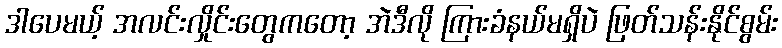
ဒါပေမယ့် အလင်းလှိုင်းတွေကတော့ အဲဒီလို ကြားခံနယ်မရှိပဲ ဖြတ်သန်းနိုင်စွမ်း